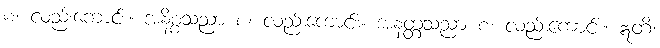
စ၊ လည်းကောင်း။ အနိစ္စသညာ စ၊ လည်းကောင်း။ အနတ္တသညာ စ၊ လည်းကောင်း။ ဣတိ၊